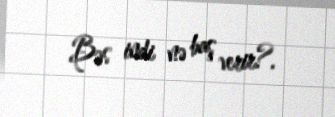
Bəs indi nə baş verir?.